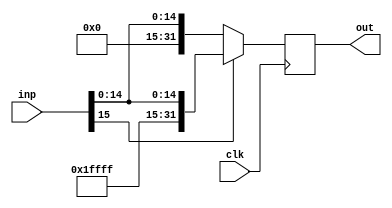
module SignExtend(clk, inp ,out);

input clk;
input  [15:0] inp;
output reg [31:0] out;


always @(posedge clk)
begin
    out =  (inp[15] == 1)? {16'hffff , inp} : (inp[15] == 0)? {16'h0000 ,inp}  : 16'hxxxx;
end

endmodule